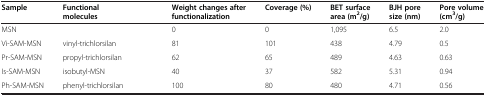
<table><thead><tr><td><b>Sample</b></td><td><b>Functional molecules</b></td><td><b>Weight changes after functionalization</b></td><td><b>Coverage (%)</b></td><td><b>BET surface area (m<sup>2</sup>/g)</b></td><td><b>BJH pore size (nm)</b></td><td><b>Pore volume (cm<sup>3</sup>/g)</b></td></tr></thead><tbody><tr><td>MSN</td><td> </td><td>0</td><td>0</td><td>1,095</td><td>6.5</td><td>2.0</td></tr><tr><td>Vi-SAM-MSN</td><td>vinyl-trichlorsilan</td><td>81</td><td>101</td><td>438</td><td>4.79</td><td>0.5</td></tr><tr><td>Pr-SAM-MSN</td><td>propyl-trichlorsilan</td><td>62</td><td>65</td><td>489</td><td>4.63</td><td>0.63</td></tr><tr><td>Is-SAM-MSN</td><td>isobutyl-MSN</td><td>40</td><td>37</td><td>582</td><td>5.31</td><td>0.94</td></tr><tr><td>Ph-SAM-MSN</td><td>phenyl-trichlorsilan</td><td>100</td><td>80</td><td>480</td><td>4.71</td><td>0.56</td></tr></tbody></table>